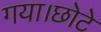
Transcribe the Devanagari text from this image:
गया।छोटे